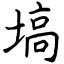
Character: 塙